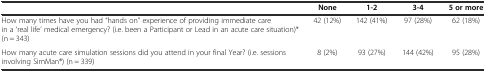
<table><thead><tr><td>[EMPTY_CELL]</td><td><b>None</b></td><td><b>1-2</b></td><td><b>3-4</b></td><td><b>5 or more</b></td></tr></thead><tbody><tr><td>How many times have you had "hands on" experience of providing immediate care in a ‘real life’ medical emergency? (i.e. been a Participant or Lead in an acute care situation)* (n = 343)</td><td>42 (12%)</td><td>142 (41%)</td><td>97 (28%)</td><td>62 (18%)</td></tr><tr><td>How many acute care simulation sessions did you attend in your final Year? (i.e. sessions involving SimMan®) (n = 339)</td><td>8 (2%)</td><td>93 (27%)</td><td>144 (42%)</td><td>95 (28%)</td></tr></tbody></table>